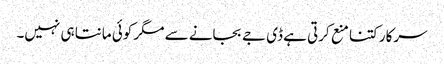
سرکار کتنا منع کرتی ہے ڈی جے بجانے سے مگر کوئی مانتا ہی نہیں۔